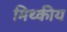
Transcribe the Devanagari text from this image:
मिथ्कीय